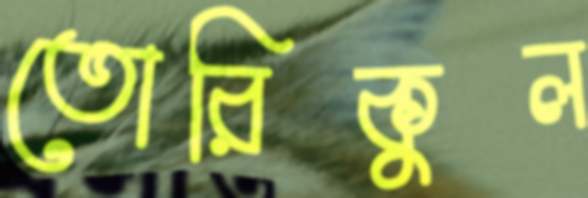
তোরিকুল